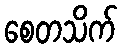
စေတသိက်